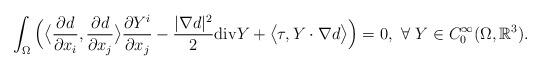
LaTeX: \begin{align*}\int_\Omega \Big(\big\langle\frac{\partial d}{\partial x_i}, \frac{\partial d}{\partial x_j}\big\rangle \frac{\partial Y^i}{\partial x_j}-\frac{|\nabla d|^2}2 {\rm{div}}Y+\big\langle\tau, Y\cdot\nabla d\big\rangle\Big)=0,\ \forall \ Y\in C_0^\infty(\Omega,\mathbb R^3).\end{align*}